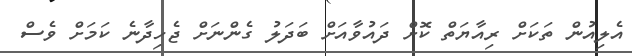
އެލިއުން ތަކަށް ރިއާޔަތް ކޮށް ދައުވާއަށް ބަދަލު ގެންނަށް ޖެހިދާނެ ކަމަށް ވެސް